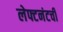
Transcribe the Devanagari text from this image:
लेफ्टनंटची